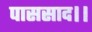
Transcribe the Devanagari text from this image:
पाससाद।।